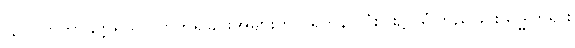
(၃) လာဘာနုတ္တရိယ-လာဘ်ရခြင်းအများတွင် ရတနာသုံးပါး၌ ယုံကြည်ခြင်းသဒ္ဓါတရား